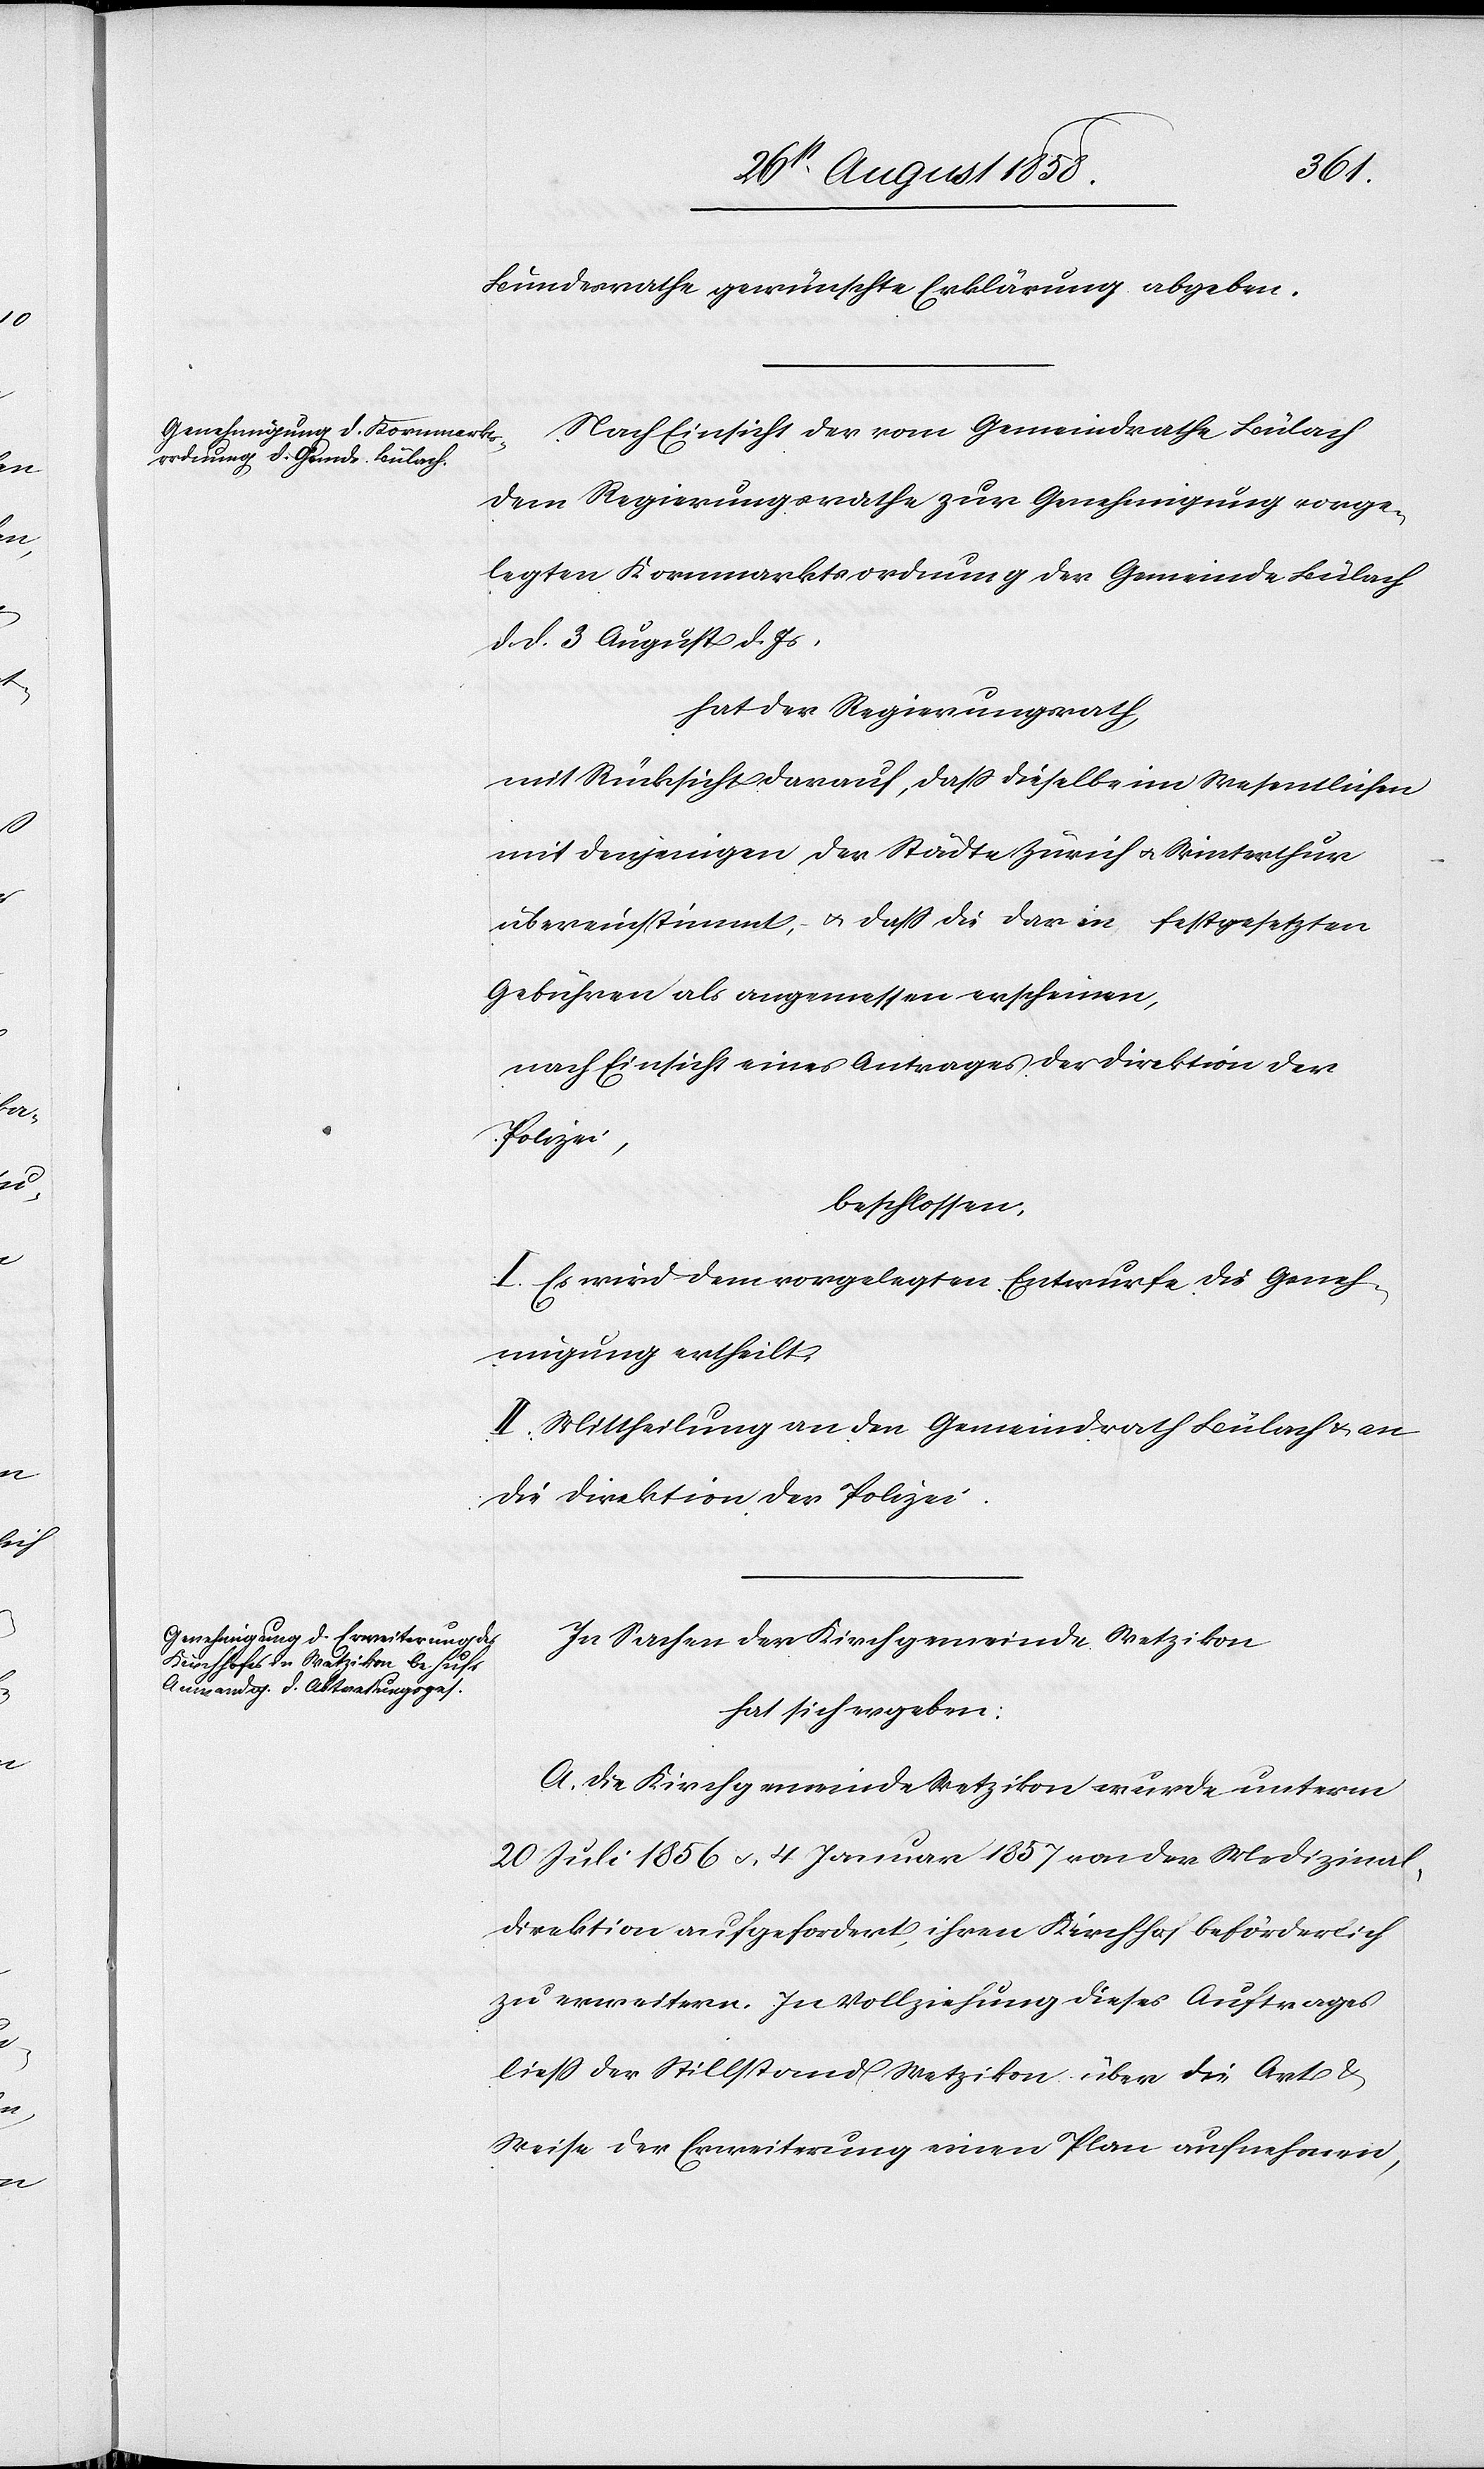
Bundesrathe gewünschte Erklärung abgeben.
Nach Einsicht der vom Gemeindrathe Bülach
dem Regierungsrathe zur Genehmigung vorge¬
legten Kornmarktsordnung der Gemeinde Bülach
d. d. 3 August d. Js,
hat der Regierungsrath,
mit Rücksicht darauf, dass dieselbe im Wesentlichen
mit denjenigen der Städte Zürich & Winterthur
übereinstimmt, & dass die darin festgesetzten
Gebühren als angemessen erscheinen,
nach Einsicht eines Antrages der Direktion der
Polizei,
beschlossen:
I. Es wird dem vorgelegten Entwurfe die Geneh¬
migung ertheilt.
II. Mittheilung an den Gemeindrath Bülach & an
die Direktion der Polizei.
In Sachen der Kirchgemeinde Wetzikon
hat sich ergeben:
A. Die Kirchgemeinde Wetzikon wurde unterm
20 Juli 1856 & 4 Januar 1857 von der Medizinal¬
direktion aufgefordert, ihren Kirchhof beförderlich
zu erweitern. In Vollziehung dieses Auftrages
liess der Stillstand Wetzikon über die Art &
Weise der Erweiterung einen Plan aufnehmen,